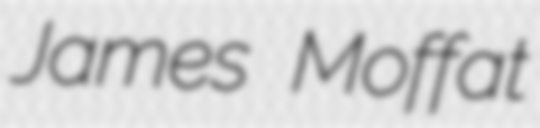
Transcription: James Moffat